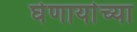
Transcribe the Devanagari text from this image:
घेणार्याच्या